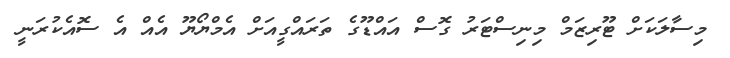
މިސާލަކަށް ޓޫރިޒަމް މިނިސްޓަރު ގޮސް އައްޑޫގެ ތަރައްގީއަށް އެމްޔޯޔޫ އެއް އެ ސޮއެކުރަނީ